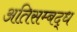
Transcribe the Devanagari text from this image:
अतिसम्बद्ध